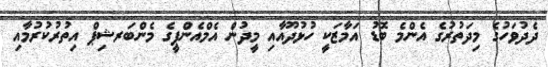
ދެދުވަހުގެ މިދަތުރުގެ އެންމެ ބޮޑު އަމާޒަކީ ހުޅުދޫއާއި މީދުން އެމްއެންޕީގެ މެންބަރޝިޕް އިތުރުކުރުމާއި